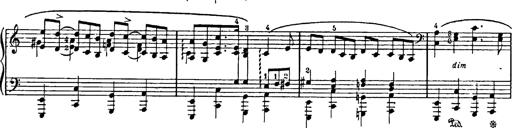
Title: Feierlicher Marsch zum heiligen Gral aus Parsifal
Composer: Franz Liszt